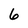
Character: 6